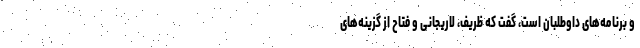
و برنامه‌های داوطلبان است، گفت که ظریف، لاریجانی و فتاح از گزینه‌های